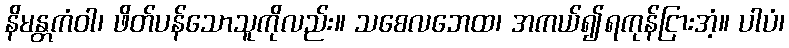
နိမန္တကံဝါ၊ ဖိတ်ပန်သောသူကိုလည်း။ သစေလဘေထ၊ အကယ်၍ရကုန်ငြားအံ့။ ပါပံ၊